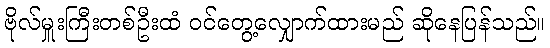
ဗိုလ်မှူးကြီးတစ်ဦးထံ ဝင်တွေ့လျှောက်ထားမည် ဆိုနေပြန်သည်။